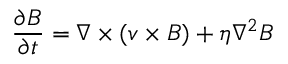
\frac { \partial \boldsymbol { B } } { \partial t } = \nabla \times ( \boldsymbol { v } \times \boldsymbol { B } ) + \eta \nabla ^ { 2 } \boldsymbol { B }